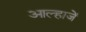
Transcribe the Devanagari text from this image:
आल्हाजें